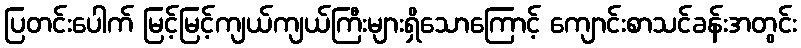
ပြတင်းပေါက် မြင့်မြင့်ကျယ်ကျယ်ကြီးများရှိသောကြောင့် ကျောင်းစာသင်ခန်းအတွင်း